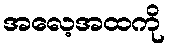
အလေ့အထကို